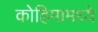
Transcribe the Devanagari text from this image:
कोहिमामध्ये